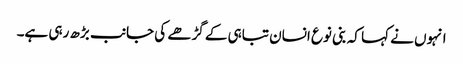
انہوں نے کہا کہ بنی نوع انسان تباہی کے گڑھے کی جانب بڑھ رہی ہے۔